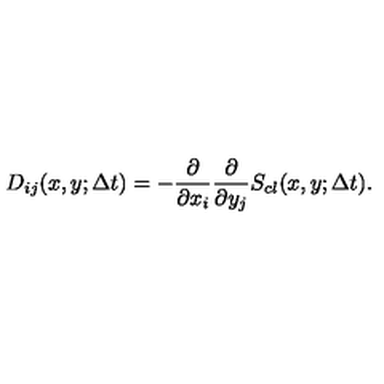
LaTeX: D _ { i j } ( x , y ; \Delta t ) = - \frac { \partial } { \partial x _ { i } } \frac { \partial } { \partial y _ { j } } S _ { c l } ( x , y ; \Delta t ) .